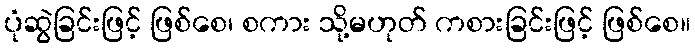
ပုံဆွဲခြင်းဖြင့် ဖြစ်စေ၊ စကား သို့မဟုတ် ကစားခြင်းဖြင့် ဖြစ်စေ။